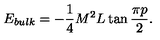
E _ { b u l k } = - \displaystyle \frac { 1 } { 4 } M ^ { 2 } L \tan \displaystyle \frac { \pi p } { 2 } .